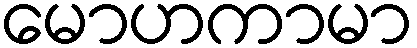
မောဟကာမာ